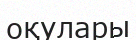
оқулары